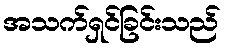
အသက်ရှင်ခြင်းသည်